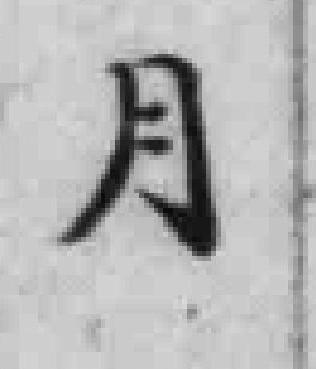
月